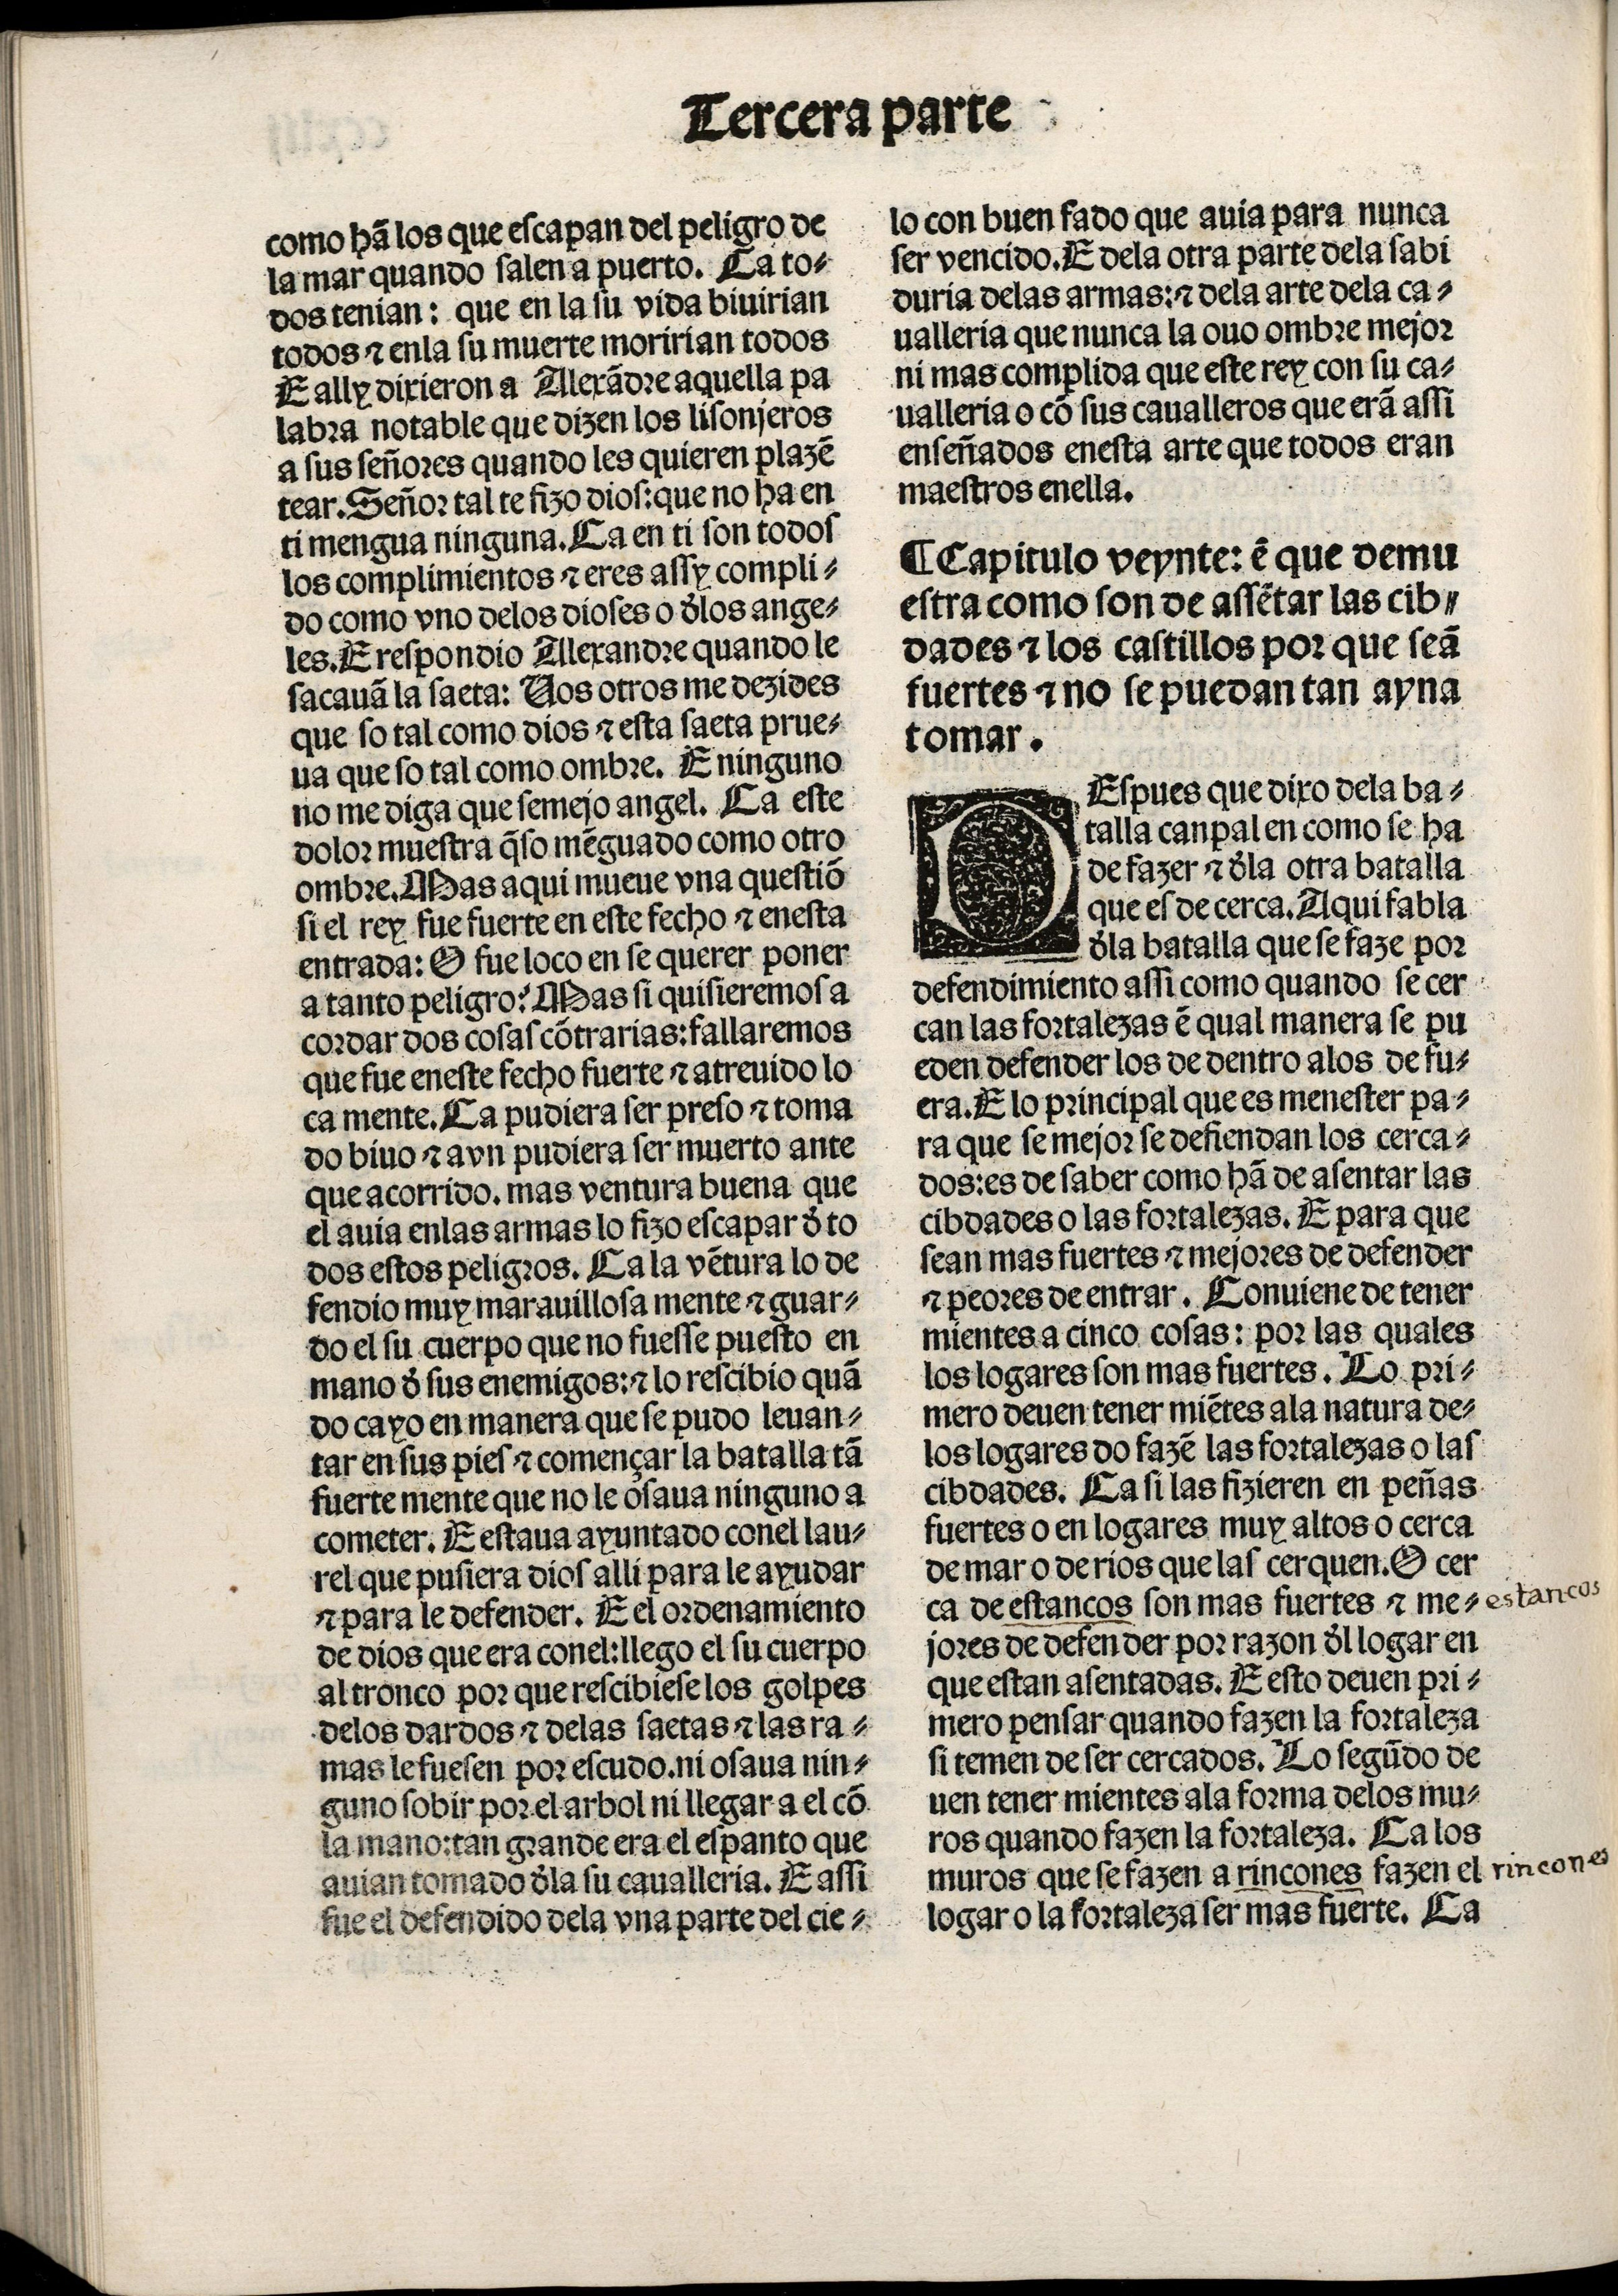
Shelfmark: Madrid, BNE, Inc. 901
Century: 15